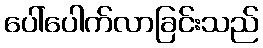
ပေါ်ပေါက်လာခြင်းသည်